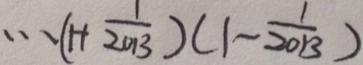
\cdots ( 1 + \frac { 1 } { 2 0 1 3 } ) ( 1 - \frac { 1 } { 2 0 1 3 } )